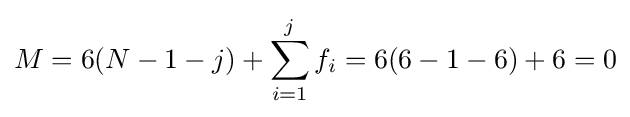
M=6(N-1-j)+\sum _{i=1}^{j}f_{i}=6(6-1-6)+6=0